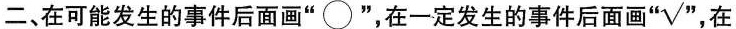
二、在可能发生的事件后面画”○”，在一定发生的事件后面画“√”，在